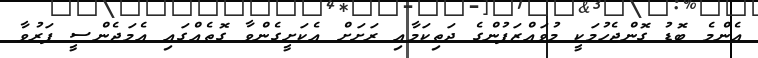
އެންމެ ބޮޑު ގޮންޖެހުމަކީ މުވައްޒަފުންގެ ދަތިކަމާއި ރަށަށް އެކަށީގެންވާ ގޮތެއްގައި އެމަޖެންސީ ފަރުވާ